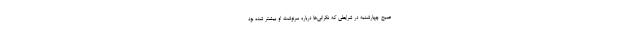
صبح چهارشنبه در شرایطی که نگرانی‌ها درباره سرنوشت او بیشتر شده بود